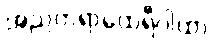
အညတရာထေရီဂါထာ